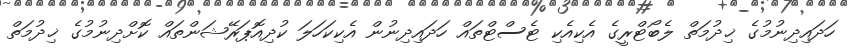
ހަދައިދިނުމުގެ ޚިދުމަތް ލެބޯޓްރީގެ އެކިއެކި ޓެސްޓްތައް ހަދައިދިނުން އެކިކަހަލަ ކުދިއޮޕަރޭޝަންތައް ކޮށްދިނުމުގެ ޚިދުމަތް